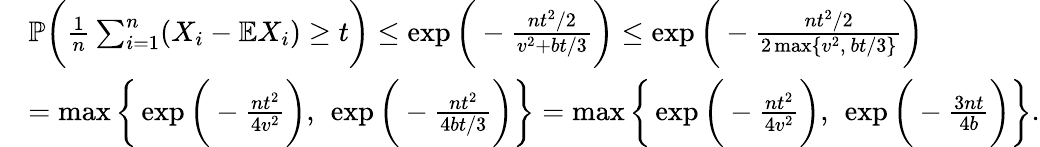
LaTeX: \begin{array}{rl}&{\mathbb{P}\bigg(\frac{1}{n}\sum_{i=1}^{n}(X_{i}-\mathbb{E}X_{i})\geq t\bigg)\leq\exp\bigg(-\frac{nt^{2}/2}{v^{2}+bt/3}\bigg)\leq\exp\bigg(-\frac{nt^{2}/2}{2\operatorname*{max}\{ v^{2},~bt/3\} }\bigg)}\\ &{=\operatorname*{max}\bigg\{ \exp\bigg(-\frac{nt^{2}}{4v^{2}}\bigg),~\exp\bigg(-\frac{nt^{2}}{4bt/3}\bigg)\bigg\} =\operatorname*{max}\bigg\{ \exp\bigg(-\frac{nt^{2}}{4v^{2}}\bigg),~\exp\bigg(-\frac{3nt}{4b}\bigg)\bigg\} .}\end{array}